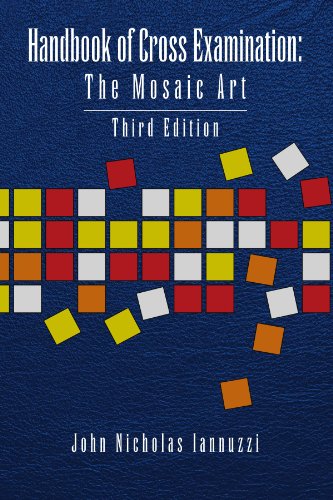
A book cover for Handbook of Cross Examination: The Mosaic Art; John Nicholas Iannuzzi; Arts & Photography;